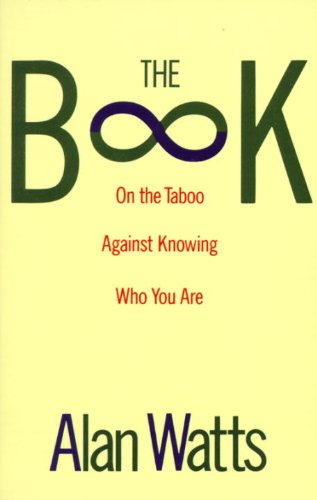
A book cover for The Book: On the Taboo Against Knowing Who You Are; Alan Watts; Politics & Social Sciences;